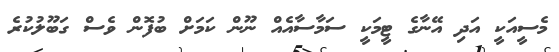
މެސީއަކީ އަދި އޭނާގެ ޓީމަކީ ސަމާސާއެއް ނޫން ކަމަށް ބުފޮން ވެސް ގަބޫލުކުރެ